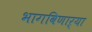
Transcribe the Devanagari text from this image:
भागविणाऱ्या